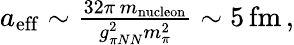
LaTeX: \begin{array}{r}{a_{\mathrm{eff}}\sim\frac{32\pi\, m_{\mathrm{nucleon}}}{g_{\pi NN}^{2}m_{\pi}^{2}}\sim 5\, \mathrm{fm}\, ,}\end{array}